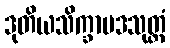
ဒုတိယသိက္ခာပဒသုတ္တံ